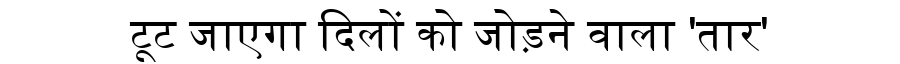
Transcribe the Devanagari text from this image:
टूट जाएगा दिलों को जोड़ने वाला 'तार'